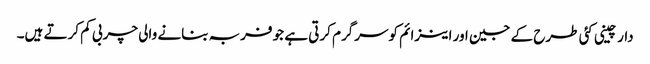
دارچینی کئی طرح کے جین اور اینزائم کوسرگرم کرتی ہے جو فربہ بنانے والی چربی کم کرتے ہیں۔